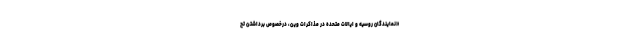
«نمایندگان روسیه و ایالات متحده در مذاکرات وین، درخصوص برداشتن تح